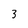
Character: 3